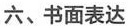
六、书面表达